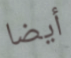
أيضا